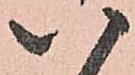
八